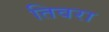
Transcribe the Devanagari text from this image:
तिवरा